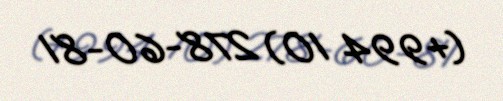
(+994 10) 278-60-81